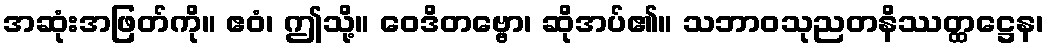
အဆုံးအဖြတ်ကို။ ဧဝံ၊ ဤသို့။ ဝေဒိတဗ္ဗော၊ ဆိုအပ်၏။ သဘာဝသုညတနိဿတ္ထဋ္ဌေန၊